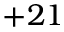
+ 2 1